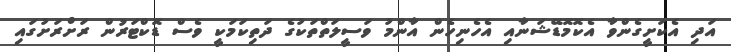
އަދި އެކަށީގެންވާ އެކޮމޮޑޭޝަނާއި އެހެނިހެން އާންމު ވަސީލަތްތަކުގެ ދަތިކަމަކީ ވެސް ޑޮކްޓަރުން ރަށްރަށުގައި